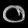
Digit: ၀